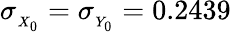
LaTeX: \sigma_{_{X_{0}}}=\sigma_{_{Y_{0}}}=0.2439